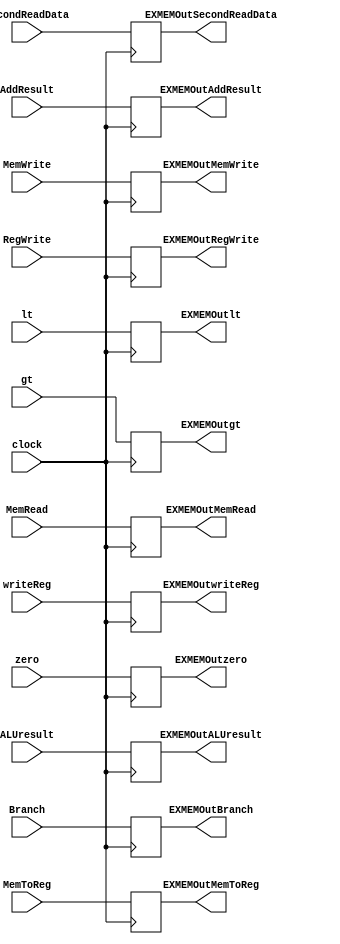
module EXMEMReg(

  input clock,

  input zero,lt,gt,Branch ,MemWrite,MemRead,MemToReg,RegWrite, input[31:0] ALUresult,AddResult,SecondReadData , input[4:0] writeReg,

  output reg EXMEMOutzero,EXMEMOutlt,EXMEMOutgt,EXMEMOutBranch ,EXMEMOutMemWrite,EXMEMOutMemRead,EXMEMOutMemToReg,EXMEMOutRegWrite, output reg[31:0] EXMEMOutALUresult,EXMEMOutAddResult,EXMEMOutSecondReadData , output reg[4:0] EXMEMOutwriteReg

  );


always @ ( posedge clock ) begin
EXMEMOutzero = zero;
EXMEMOutlt = lt;
EXMEMOutgt = gt;
EXMEMOutBranch = Branch;
EXMEMOutMemWrite = MemWrite;
EXMEMOutMemRead = MemRead;
EXMEMOutMemToReg=MemToReg;
EXMEMOutRegWrite=RegWrite;
EXMEMOutALUresult = ALUresult;
EXMEMOutAddResult = AddResult;
EXMEMOutSecondReadData = SecondReadData;
EXMEMOutwriteReg = writeReg;
end

endmodule